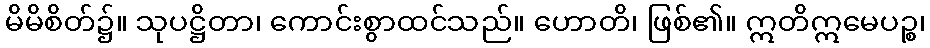
မိမိစိတ်၌။ သုပဋ္ဌိတာ၊ ကောင်းစွာထင်သည်။ ဟောတိ၊ ဖြစ်၏။ ဣတိဣမေပဉ္စ၊